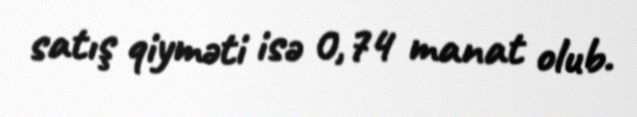
satış qiyməti isə 0,74 manat olub.